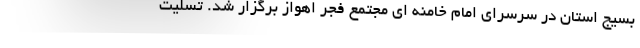
بسیج استان در سرسرای امام خامنه ای مجتمع فجر اهواز برگزار شد. تسلیت